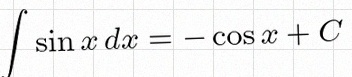
\int \sin x\,dx=-\cos x+C